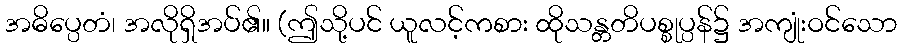
အဓိပ္ပေတံ၊ အလိုရှိအပ်၏။ (ဤသို့ပင် ယူလင့်ကစား ထိုသန္တတိပစ္စုပ္ပန်၌ အကျုံးဝင်သော